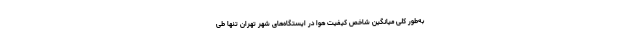
به‌طور کلی میانگین شاخص کیفیت هوا در ایستگاه‌های شهر تهران تنها طی